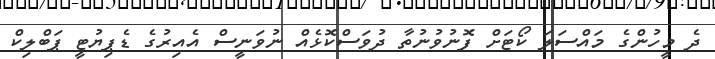
ދެ މީހުންގެ މައްސަލަ ކޯޓަށް ފޮނުވުނުތާ ދުވަސްކޮޅެއް ނުވަނީސް އެއިރުގެ ޑެޕިޔުޓީ ޕަބްލިކް